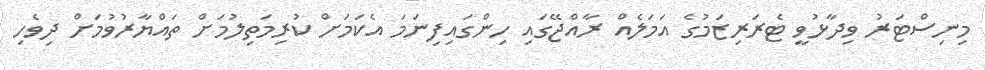
މިނިސްޓަރު ވިދާޅުވީ ޓެރަރިޒަމުގެ އަމަލެއް ރާއްޖޭގައި ހިންގައިފިނަމަ އެކަމަށް ކުރިމަތިލުމަށް ތައްޔާރުވުމަށް ދިވެހި